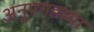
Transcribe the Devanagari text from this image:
अनुपगडच्या